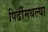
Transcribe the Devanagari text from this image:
पिढींमधल्या